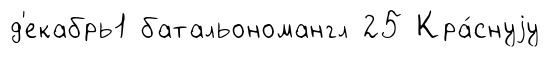
д'екабрь1 батальономангл 25 Кра́снуjу